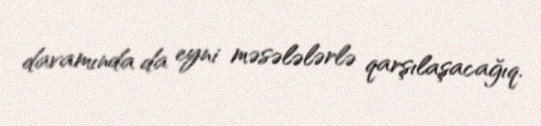
davamında da eyni məsələlərlə qarşılaşacağıq.